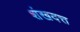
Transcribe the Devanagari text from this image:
शंखदत्त